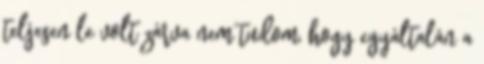
teljesen le volt zárva nem tudom, hogy egyáltalán a